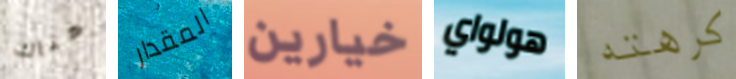
هناك المقدار خيارين هولواي كرهته